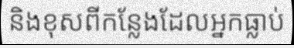
និងខុសពីកន្លែងដែលអ្នកធ្លាប់